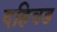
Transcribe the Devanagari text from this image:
दहिवड